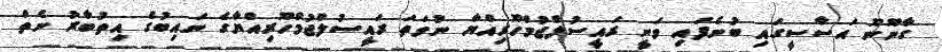
ގާނޫނޫ އަސާސީގައި ބުނެފައި ވަނީ ރައީސުލްޖުމްހޫރިއްޔާ ނުވަތަ ރައީސުލްޖުމްހޫރިއްޔާގެ ނައިބުގެ އިތުބާރު ނެތް